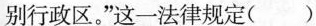
别行政区。”这一法律规定( )